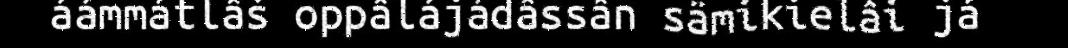
áámmátlâš oppâlájádâssân sämikielâi já